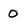
Character: 0